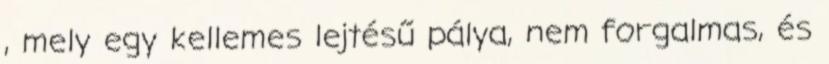
, mely egy kellemes lejtésű pálya, nem forgalmas, és